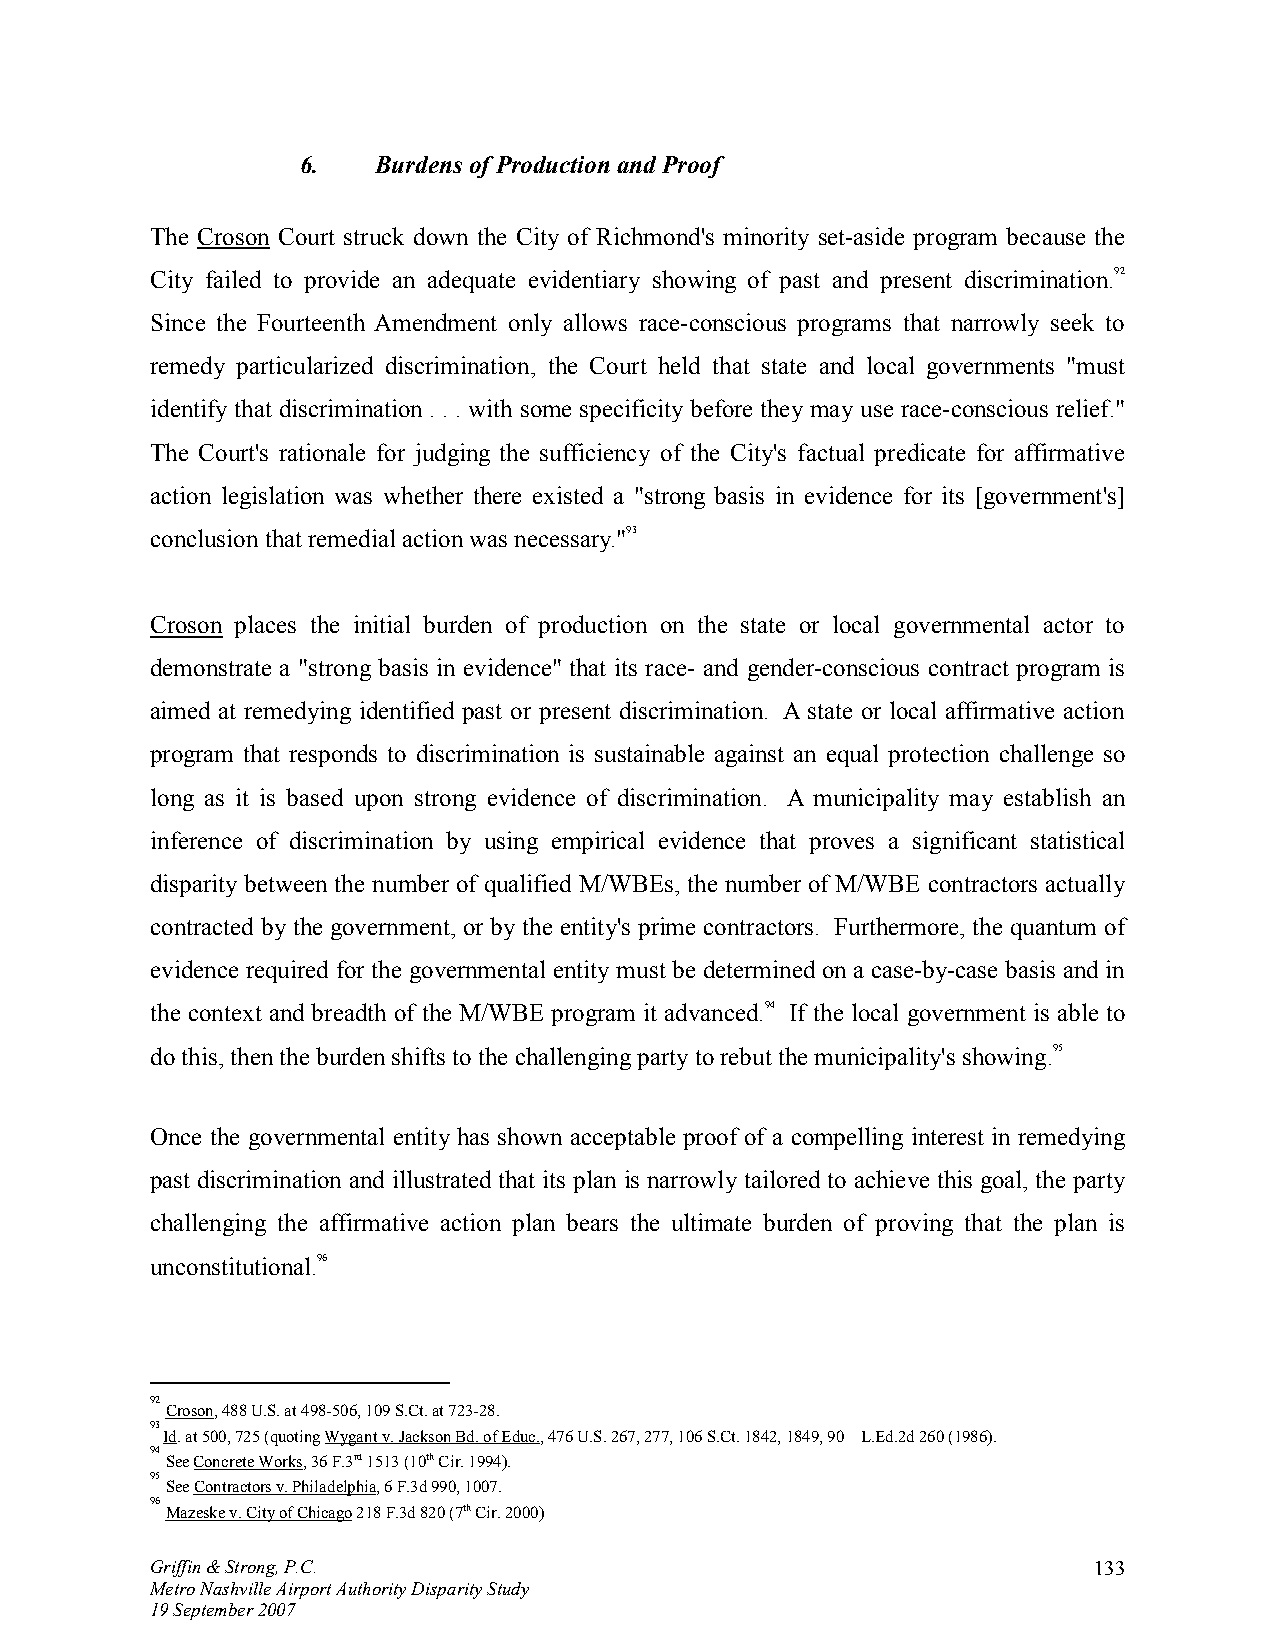
6.   Burdens of Production and Proof
 The Croson Court struck down the City of Richmond's minority set-aside program because the
 City failed to provide an adequate evidentiary showing of past and present discrimination.92
 Since the Fourteenth Amendment only allows race-conscious programs that narrowly seek to
 remedy particularized discrimination, the Court held that state and local governments "must
 identify that discrimination . . . with some specificity before they may use race-conscious relief."
 The Court's rationale for judging the sufficiency of the City's factual predicate for affirmative
 action legislation was whether there existed a "strong basis in evidence for its [government's]
 conclusion that remedial action was necessary."93
 Croson places the initial burden of production on the state or local governmental actor to
 demonstrate a "strong basis in evidence" that its race- and gender-conscious contract program is
 aimed at remedying identified past or present discrimination. A state or local affirmative action
 program that responds to discrimination is sustainable against an equal protection challenge so
 long as it is based upon strong evidence of discrimination. A municipality may establish an
 inference of discrimination by using empirical evidence that proves a significant statistical
 disparity between the number of qualified M/WBEs, the number of M/WBE contractors actually
 contracted by the government, or by the entity's prime contractors. Furthermore, the quantum of
 evidence required for the governmental entity must be determined on a case-by-case basis and in
 the context and breadth of the M/WBE program it advanced.94 If the local government is able to
 do this, then the burden shifts to the challenging party to rebut the municipality's showing.95
 Once the governmental entity has shown acceptable proof of a compelling interest in remedying
 past discrimination and illustrated that its plan is narrowly tailored to achieve this goal, the party
 challenging the affirmative action plan bears the ultimate burden of proving that the plan is
 unconstitutional.96
 92
 Croson, 488 U.S. at 498-506, 109 S.Ct. at 723-28.
 93
 Id. at 500, 725 (quoting Wygant v. Jackson Bd. of Educ., 476 U.S. 267, 277, 106 S.Ct. 1842, 1849, 90 L.Ed.2d 260 (1986).
 94 See Concrete Works, 36 F.3rd 1513 (10th Cir. 1994).
 95
 See Contractors v. Philadelphia, 6 F.3d 990, 1007.
 96 Mazeske v. City of Chicago 218 F.3d 820 (7th Cir. 2000)
 Griffin & Strong, P.C.                                        133
 Metro Nashville Airport Authority Disparity Study
 19 September 2007